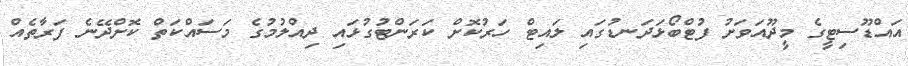
އައްޑޫސިޓީގެ މީދޫއަވަށު ފުޓްބޯޅަދަނޑުގައި ލައިޓް ހަރުކޮށް ކަރަންޓުގުޅައި ދިއްލުމުގެ މަސައްކަތް ކޮށްދޭނެ ފަރާތެއް